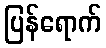
ပြန်ရောက်